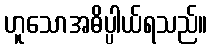
ဟူသောအဓိပ္ပါယ်ရသည်။